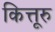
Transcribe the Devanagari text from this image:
कित्तूरु